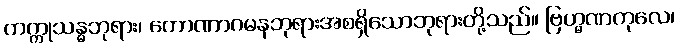
ကက္ကုသန္ဓဘုရား၊ ကောဏာဂမနဘုရားအစရှိသောဘုရားတို့သည်။ ဗြဟ္မဏကုလေ၊